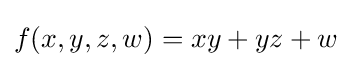
f(x,y,z,w)=xy+yz+w